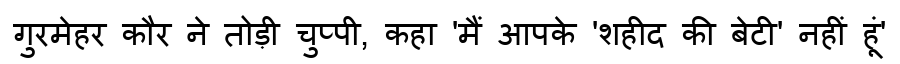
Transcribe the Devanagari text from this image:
गुरमेहर कौर ने तोड़ी चुप्पी, कहा 'मैं आपके 'शहीद की बेटी' नहीं हूं'